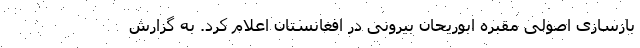
بازسازی اصولی مقبره ابوریحان بیرونی در افغانستان اعلام کرد. به گزارش